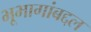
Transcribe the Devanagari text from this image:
भूभागांबद्दल